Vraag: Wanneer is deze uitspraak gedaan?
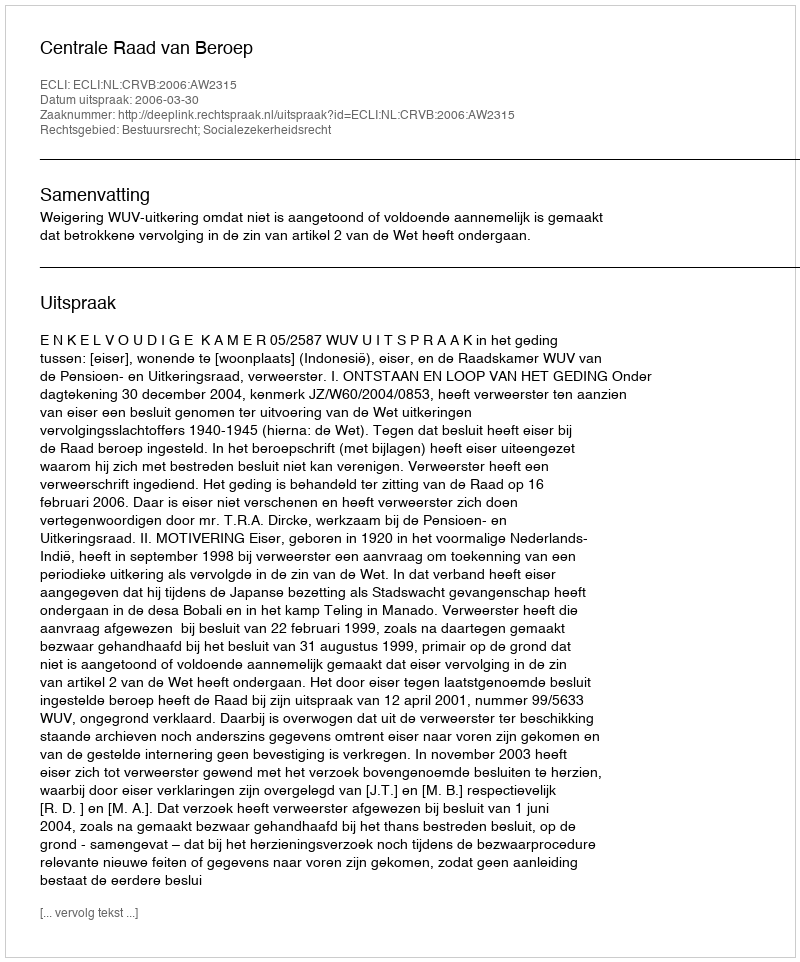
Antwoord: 2006-03-30